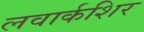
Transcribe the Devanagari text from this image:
लवार्कशिर